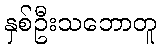
နှစ်ဦးသဘောတူ